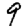
Digit: 9